Indian journal of veterinary science and animal husbandry - Volumes 15-17, 1948-1951
Year: 1948
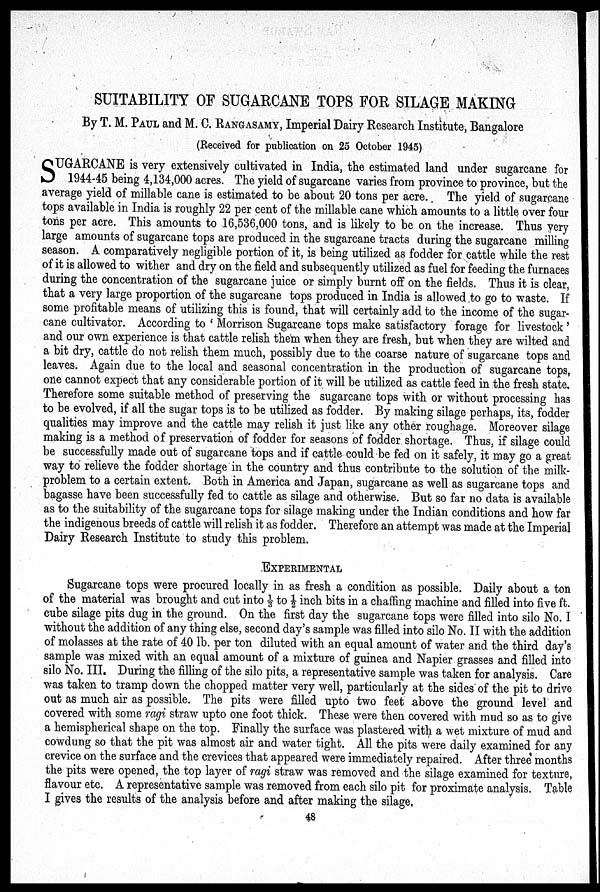
SUITABILITY OF SUGARCANE TOPS FOR SILAGE MAKING
By T. M. PAUL and M. C. RANGASAMY, Imperial Dairy Research Institute, Bangalore
(Received for publication on 25 October 1945)
S UGARCANE is very extensively cultivated in India, the estimated land under sugarcane for
1944-45 being 4,134,000 acres. The yield of sugarcane varies from province to province, but the
average yield of millable cane is estimated to be about 20 tons per acre. The yield of sugarcane
tops available in India is roughly 22 per cent of the millable cane which amounts to a little over four
tons per acre. This amounts to 16,536,000 tons, and is likely to be on the increase. Thus very
large amounts of sugarcane tops are produced in the sugarcane tracts during the sugarcane milling
season. A comparatively negligible portion of it, is being utilized as fodder for cattle while the rest
of it is allowed to wither and dry on the field and subsequently utilized as fuel for feeding the furnaces
during the concentration of the sugarcane juice or simply burnt off on the fields. Thus it is clear,
that a very large proportion of the sugarcane tops produced in India is allowed to go to waste. If
some profitable means of utilizing this is found, that will certainly add to the income of the sugar-
cane cultivator. According to 'Morrison Sugarcane tops make satisfactory forage for livestock'
and our own experience is that cattle relish them when they are fresh, but when they are wilted and
a bit dry, cattle do not relish them much, possibly due to the coarse nature of sugarcane tops and
leaves. Again due to the local and seasonal concentration in the production of sugarcane tops,
one cannot expect that any considerable portion of it will be utilized as cattle feed in the fresh state.
Therefore some suitable method of preserving the sugarcane tops with or without processing has
to be evolved, if all the sugar tops is to be utilized as fodder. By making silage perhaps, its, fodder
qualities may improve and the cattle may relish it just like any other roughage. Moreover silage
making is a method of preservation of fodder for seasons of fodder shortage. Thus, if silage could
be successfully made out of sugarcane tops and if cattle could be fed on it safely, it may go a great
way to relieve the fodder shortage in the country and thus contribute to the solution of the milk-
problem to a certain extent. Both in America and Japan, sugarcane as well as sugarcane tops and
bagasse have been successfully fed to cattle as silage and otherwise. But so far no data is available
as to the suitability of the sugarcane tops for silage making under the Indian conditions and how far
the indigenous breeds of cattle will relish it as fodder. Therefore an attempt was made at the Imperial
Dairy Research Institute to study this problem.
EXPERIMENTAL
Sugarcane tops were procured locally in as fresh a condition as possible. Daily about a ton
of the material was brought and cut into 1/3 to ½ inch bits in a chaffing machine and filled into five ft.
cube silage pits dug in the ground. On the first day the sugarcane tops were filled into silo No. I
without the addition of any thing else, second day's sample was filled into silo No. II with the addition
of molasses at the rate of 40 lb. per ton diluted with an equal amount of water and the third day's
sample was mixed with an equal amount of a mixture of guinea and Napier grasses and filled into
silo No. III. During the filling of the silo pits, a representative sample was taken for analysis. Care
was taken to tramp down the chopped matter very well, particularly at the sides of the pit to drive
out as much air as possible. The pits were filled upto two feet above the ground level and
covered with some ragi straw upto one foot thick. These were then covered with mud so as to give
a hemispherical shape on the top. Finally the surface was plastered with a wet mixture of mud and
cowdung so that the pit was almost air and water tight. All the pits were daily examined for any
crevice on the surface and the crevices that appeared were immediately repaired. After three months
the pits were opened, the top layer of ragi straw was removed and the silage examined for texture,
flavour etc. A representative sample was removed from each silo pit for proximate analysis. Table
I gives the results of the analysis before and after making the silage.
48